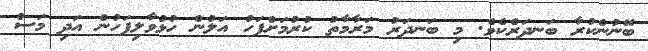
ބޭނުންކުރާ ބަނދަރެކެވެ. މި ބަނދަރު މަރާމާތު ކުރުމަށްފަހު އަލުން ހުޅުވާލިފަހުން އަދި މަސް